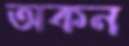
অকন